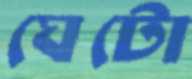
ঘেটো